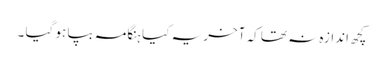
کچھ اندازہ نہ تھا کہ آخر یہ کیا ہنگامہ بپا ہو گیا ۔